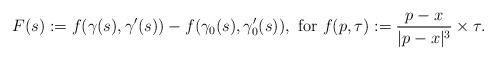
LaTeX: \begin{align*}F(s) :=f(\gamma(s),\gamma'(s)) - f(\gamma_0(s), \gamma_0'(s)),\mbox{ for }f(p,\tau) := \frac{p-x}{|p-x|^3}\times \tau.\end{align*}